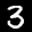
Label: 3